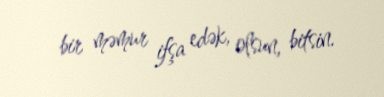
bir məmur ifşa edək, olsun, bitsin.